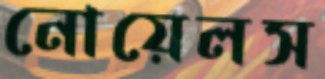
নোয়েলস